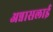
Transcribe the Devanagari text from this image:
अन्नासलाई